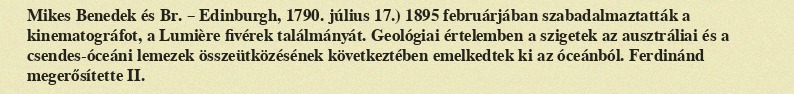
Mikes Benedek és Br. – Edinburgh, 1790. július 17.) 1895 februárjában szabadalmaztatták a kinematográfot, a Lumière fivérek találmányát. Geológiai értelemben a szigetek az ausztráliai és a csendes-óceáni lemezek összeütközésének következtében emelkedtek ki az óceánból. Ferdinánd megerősítette II.